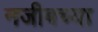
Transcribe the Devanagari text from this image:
नजीबच्या